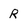
Character: R